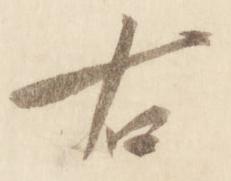
右